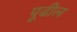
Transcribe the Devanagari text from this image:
पूढील